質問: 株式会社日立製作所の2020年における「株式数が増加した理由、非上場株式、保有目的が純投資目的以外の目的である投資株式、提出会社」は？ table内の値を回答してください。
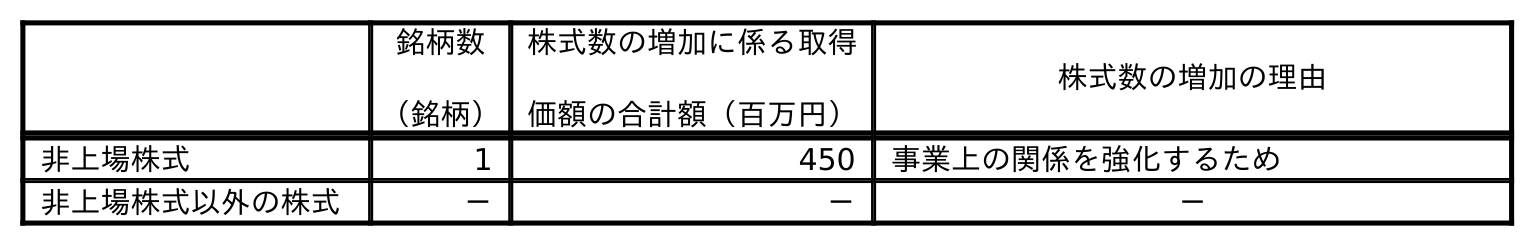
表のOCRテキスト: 銘柄数 （銘柄） 株式数の増加に係る取得 価額の合計額（百万円） 株式数の増加の理由 非上場株式 1 450 事業上の関係を強化するため 非上場株式以外の株式 － － －
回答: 事業上の関係を強化するため